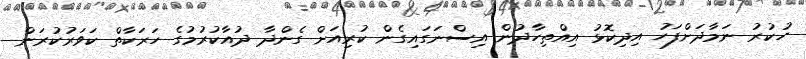
ހުކުރު ނަމާދަށްފަހު އިދިކޮޅު އިއްތިހާދުން އިސްނަގައިގެން ކުރިއަށް ގެންދާ ދުއާކުރުމުގެ ހަރަކާތް ކަވަރުކުރަން